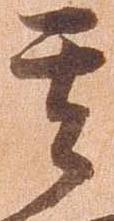
其